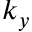
k _ { y }